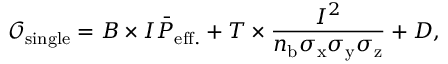
\mathcal { O } _ { \mathrm { s i n g l e } } = B \times I \bar { P } _ { \mathrm { e f f . } } + T \times \frac { I ^ { 2 } } { n _ { \mathrm { b } } \sigma _ { \mathrm { x } } \sigma _ { \mathrm { y } } \sigma _ { \mathrm { z } } } + D ,